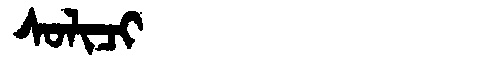
Manchu: ᠰᠣᠯᡳᠴᡳ
Romanization: SOLICI